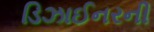
ડિઝાઈનરની